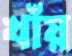
খাঁয়